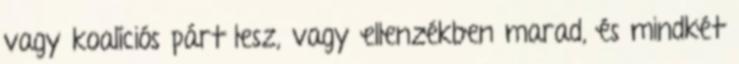
vagy koalíciós párt lesz, vagy ellenzékben marad, és mindkét